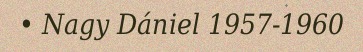
• Nagy Dániel 1957-1960